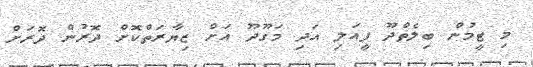
މި ޓީމުން ބިލެތްދޫ ފީއަލި އަދި މަގޫދޫ އަށް ޒިޔާރަތްކޮށް ދޮރުން ދޮރަށް